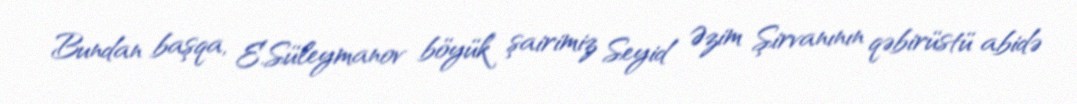
Bundan başqa, E.Süleymanov böyük şairimiz Seyid Əzim Şirvanının qəbirüstü abidə